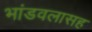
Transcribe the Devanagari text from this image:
भांडवलासह